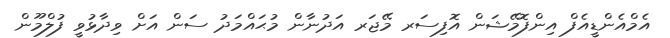
އެމްއެންޑީއެފް އިންފޮމޭޝަން އޮފިސަރ މޭޖަރ އަދުނާން މުޙައްމަދު ސަން އަށް ވިދާޅުވީ ފުލްމޫން